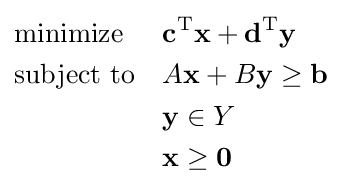
{\begin{aligned}&{\text{minimize}}&&\mathbf {c} ^{\mathrm {T} }\mathbf {x} +\mathbf {d} ^{\mathrm {T} }\mathbf {y} \\&{\text{subject to}}&&A\mathbf {x} +B\mathbf {y} \geq \mathbf {b} \\&&&\mathbf {y} \in Y\\&&&\mathbf {x} \geq \mathbf {0} \end{aligned}}